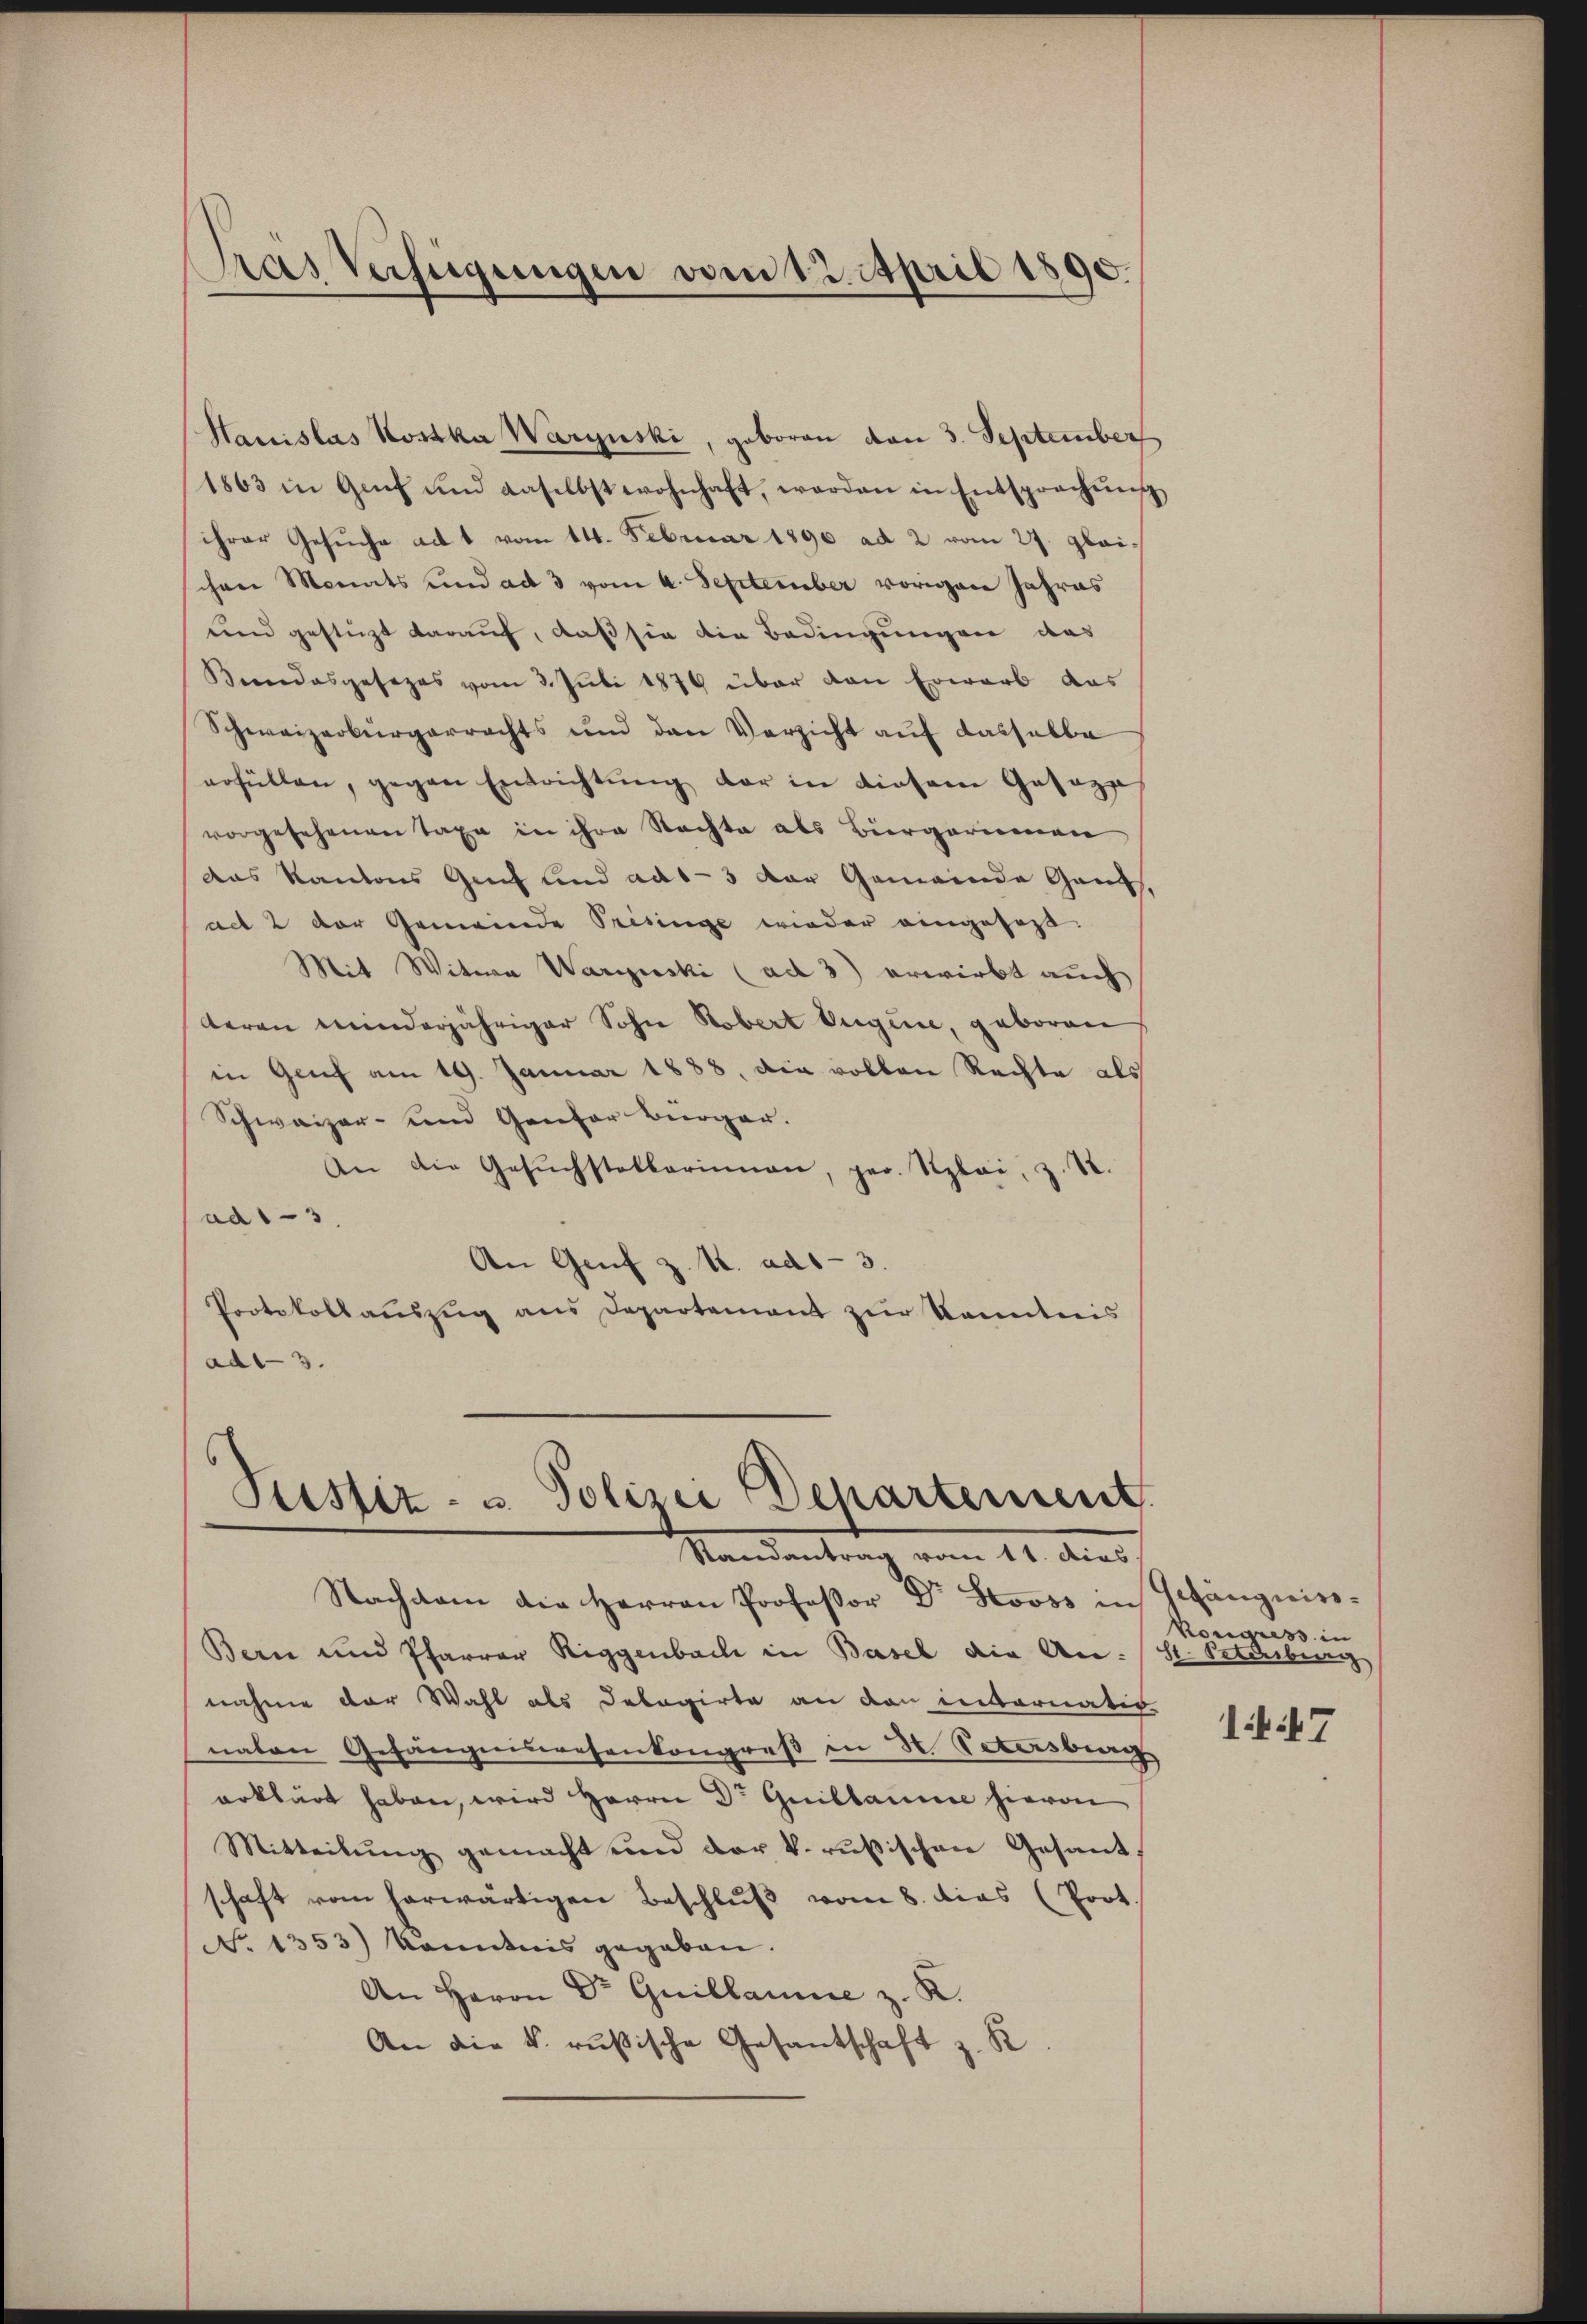
Pras Verfügungen vom 12. April 1890.

Hauislas Kostka Warynski, geboren von 3. September
1863 in Genf und daselbst wohnhaft, worden in Entsprechŭng
ihrer Gesuche ad 1 vom 14. Februar 1890 ad 2 vom 27. glaischen Monats und ad 3 vom 4. September vorigen Jahres
und gestüzt darauf, daß sie die Bedingungen das
Beendesgesezes vom 3. Juli 1879 über den Erwarb das
Schweizerbürgerrechts und den Verzicht auf dasselbe
erfüllen, gegen Entrichtŭng der in diesem Geseze
vorgesehenen Taxe in ihre Rechte als Bürgerinnen
das Kantons Genf und aus- 3 der Gemeinde Ganz,
act 2 der Gemeinde Tresinge wieder eingefaßt.
Mit Witwe Warynski (ad 3) erwirbt auch
teren minderjähriger Sohn Robert Augen, geboren
in Genf am 19. Januar 1888, die vollen Rechte als
Schweizer- und Genfer Bürger.
An die Gesŭchstellerinnen, her. Stylai, z. S.
ad 13.
An Genf z. K. ad 1-3.
Protokollaŭszŭg ans Departement zŭr Kenntnis
ad1-3.

Nachdem die Herrn Professor Dr Stooss in Gefängniss-
Bern und Pfarrer Riggenbach in Basel die An- St. Petersburg
nahme der Wahl als Debagirte an den internativ
naten Gefängniswesenkongreß in H. Petersburg
erklärt haben, wird Herrn Dr Guillaume hievon
Mitteilŭng gemacht und der k. rußischen Gesandschaft vom herwärtigen Beschluß vom 8. dies (Prot.
No 1353) konntnis gegeben.
An Herrn Dr Guillaume z. K.
An die k. rusische Gesantschaft z. B.

Justiz- u. Polizei Departement.
Randantrag vom 11. dies

Kongress in

147